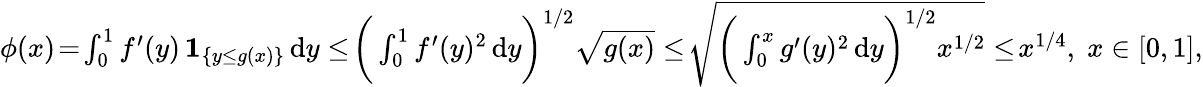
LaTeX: \begin{array}{r}{\phi(x)\! =\! \int_{0}^{1}f^{\prime}(y)\, \mathbf{1}_{\{ y\le g(x)\} }\, \mathrm{d}y\le\! \bigg(\int_{0}^{1}f^{\prime}(y)^{2}\, \mathrm{d}y\bigg)^{1/2}\sqrt{g(x)}\le\! \sqrt{\bigg(\int_{0}^{x}g^{\prime}(y)^{2}\, \mathrm{d}y\bigg)^{1/2}x^{1/2}}\le\! x^{1/4},\; x\in[0,1],}\end{array}